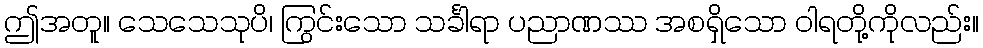
ဤအတူ။ သေသေသုပိ၊ ကြွင်းသော သင်္ခါရာ ပညာဏဿ အစရှိသော ဝါရတို့ကိုလည်း။